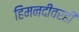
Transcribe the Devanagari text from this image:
हिमनदीवरही